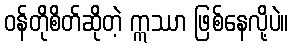
ဝန်တိုစိတ်ဆိုတဲ့ ဣဿာ ဖြစ်နေလို့ပဲ။